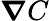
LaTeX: \boldsymbol{\nabla}C